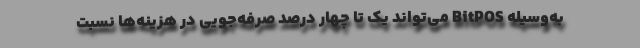
به‌وسیله BitPOS می‌تواند یک تا چهار درصد صرفه‌جویی در هزینه‌ها نسبت